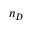
n _ { D }